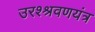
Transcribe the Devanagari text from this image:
उरश्श्रवणयंत्र